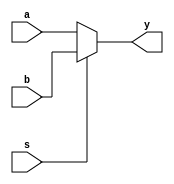
module mux2 #(parameter W=2) (input [W-1:0]a,b,input s, output [W-1:0] y);

assign y=s ? b : a;

endmodule